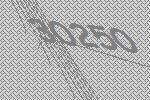
30250